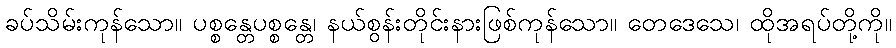
ခပ်သိမ်းကုန်သော။ ပစ္စန္တေပစ္စန္တေ၊ နယ်စွန်းတိုင်းနားဖြစ်ကုန်သော။ တေဒေသေ၊ ထိုအရပ်တို့ကို။